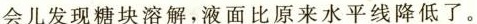
会儿发现糖块溶解，液面比原来水平线降低了。